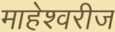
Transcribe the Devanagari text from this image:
माहेश्वरीज